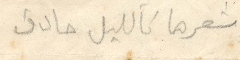
شعرها كالليل حادق